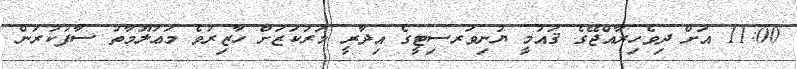
11:00 އަށް ދިވެހިރާއްޖޭގެ ޤައުމީ ޔުނިވަރސިޓީގެ އިދާރީ މަރުކަޒަށް ހާޒިރުވެ މަޢުލޫމާތު ސާފުކުރުން